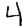
Digit: 4